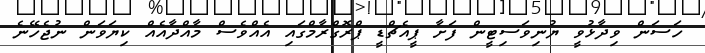
ހަސަން ވިދާޅުވީ ޔުނިވަސިޓީން ފަށާ ޕީއެޗްޑީ ޕްރޮގްރާމްގައި އެއްވެސް މާއްދާއެއް ކިޔަވަން ނުޖެހޭނެ